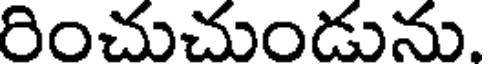
రించుచుండును.